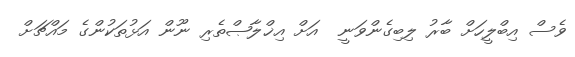
ވެސް އިބްލީހަށް ބާރު ލިބިގެންވަނީ  އަށް އިޚްލާޞްތެރި ނޫން އަޅުތަކުންގެ މައްޗަށް